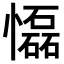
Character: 𢤡